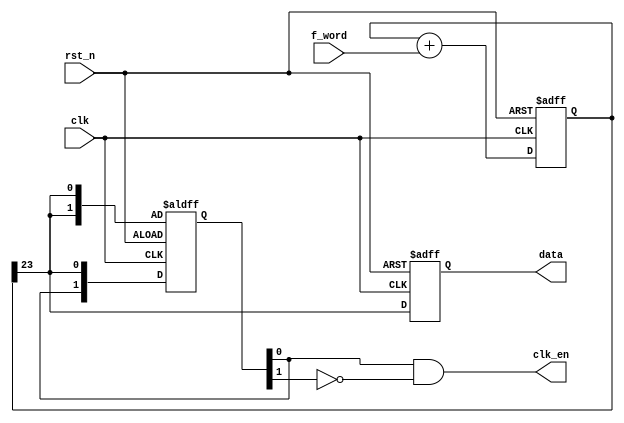
`timescale 1ns / 1ps
//////////////////////////////////////////////////////////////////////////////////
// Company: 
// Engineer: 
// 
// Design Name: 
// Module Name: dds
// Project Name: 
// Target Devices: 
// Tool Versions: 
// Description: 
// 
// Dependencies: 
// 
// Revision:
// Revision 0.01 - File Created
// Additional Comments:
// 
//////////////////////////////////////////////////////////////////////////////////


module dds(
    clk,
    rst_n,
    f_word,
    data,
    clk_en
    );
    
    input clk;
    input rst_n;
    input [23:0] f_word;
    output reg data;
    output clk_en;
    
    reg [23:0] phase_acc;
    
    reg [1:0] data_d;
    
    always@(posedge clk or negedge rst_n) begin
        if(!rst_n) begin
            phase_acc <= 'd0;
        end
        else begin
           phase_acc <= phase_acc + f_word;     
        end
    end
    
    always@(posedge clk or negedge rst_n) begin
        if(!rst_n) begin
            data_d <= {2{phase_acc[23]}};
        end
        else begin
            data_d[1] <= data_d[0];
            data_d[0] <= phase_acc[23];
        end
    end
    
     assign clk_en = data_d[0] & ~data_d[1];
        
    always@(posedge clk or negedge rst_n) begin
        if(!rst_n) begin
            data <= 1'b1;
        end
        else begin
            data <= phase_acc[23];
        end
    end
    
    
    
endmodule